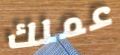
عملك